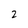
Character: 2